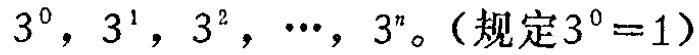
$3^{0},3^{1},3^{2},\cdots,3^{n}。（规定3^{0}=1）$